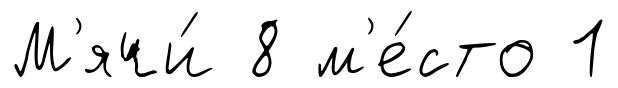
М'ячи́ 8 м'е́сто 1